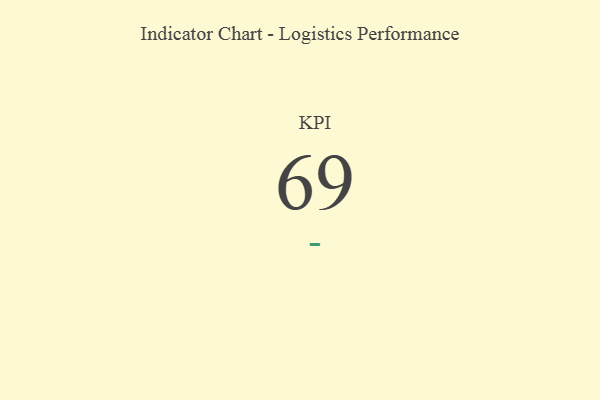
{"axis": {"x": "KPI", "y": "Value"}, "legend": [""], "data": [{"x": "KPI", "y": 69, "type": ""}]}